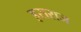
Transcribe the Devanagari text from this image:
इसराज